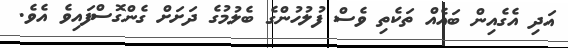
އަދި އެގެއިން ބައެއް ތަކެތި ވެސް ފުލުހުންގެ ބެލުމުގެ ދަށަށް ގެންގޮސްފައިވެ އެވެ.